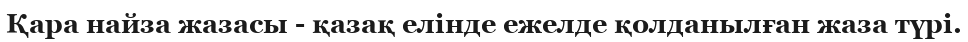
Қара найза жазасы - қазақ елінде ежелде қолданылған жаза түрі.